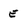
Character: E